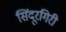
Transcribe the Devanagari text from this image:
सिंदूरगिरी